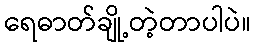
ရေဓာတ်ချို့တဲ့တာပါပဲ။